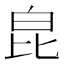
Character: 𤽏